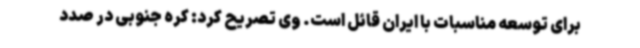
برای توسعه مناسبات با ایران قائل است. وی تصریح کرد: کره جنوبی در صدد